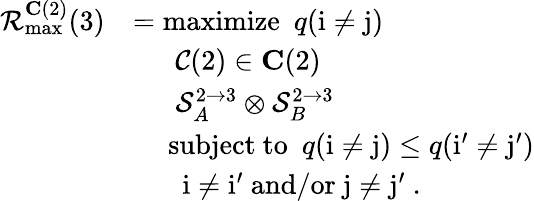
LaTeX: \begin{array}{rl}{\mathcal{R}_{\operatorname*{max}}^{\mathbf{C}(2)}(3)}&{=\mathrm{maximize}~~q(\mathrm{i}\neq\mathrm{j})}\\ &{~~~~~~{\mathcal{C}(2)\in\mathbf{C}(2)}}\\ &{~~~~~~\mathcal{S}_{A}^{2\to 3}\otimes\mathcal{S}_{B}^{2\to 3}}\\ &{~~~~~\mathrm{subject~to~}~q(\mathrm{i}\neq\mathrm{j})\le q(\mathrm{i}^{\prime}\neq\mathrm{j}^{\prime})}\\ &{~~~~~~~\mathrm{i}\neq\mathrm{i}^{\prime}~\mathrm{and/or}~\mathrm{j}\neq\mathrm{j}^{\prime}~.}\end{array}